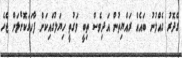
ގެދޮރު ގެއްލުނު ބައެއް ރައްޔިތުން އަދިވެސް ތިބީ ވަގުތީ ހިޔަލުގައިކަން ފާހަގަކޮށްލަން ޖެހެ